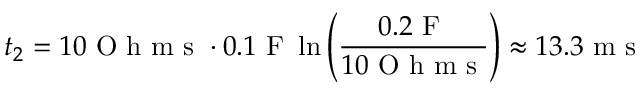
t _ { 2 } = 1 0 \mathrm { ~ O ~ h ~ m ~ s ~ } \cdot 0 . 1 \mathrm { ~ F ~ } \ln { \left( \frac { 0 . 2 \mathrm { ~ F ~ } } { 1 0 \mathrm { ~ O ~ h ~ m ~ s ~ } } \right) } \approx 1 3 . 3 \mathrm { ~ m ~ s ~ }